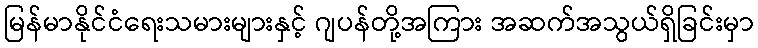
မြန်မာနိုင်ငံရေးသမားများနှင့် ဂျပန်တို့အကြား အဆက်အသွယ်ရှိခြင်းမှာ